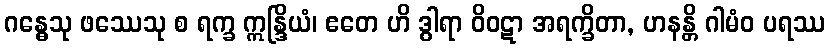
ဂန္ဓေသု ဖဿေသု စ ရက္ခ ဣန္ဒြိယံ၊ ဧတေ ဟိ ဒွါရာ ဝိဝဋာ အရက္ခိတာ, ဟနန္တိ ဂါမံဝ ပရဿ